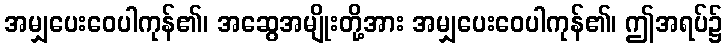
အမျှပေးဝေပါကုန်၏၊ အဆွေအမျိုးတို့အား အမျှပေးဝေပါကုန်၏၊ ဤအရပ်၌